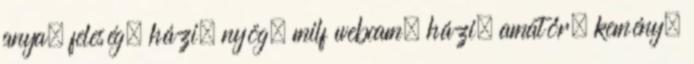
anya, feleség, házi, nyög, milf webcam, házi, amatőr, kemény,